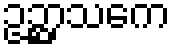
ဥဉ္ဆာသကေ